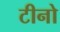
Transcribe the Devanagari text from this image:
टीनो